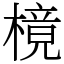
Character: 樈